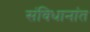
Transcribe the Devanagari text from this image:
संविधानांत